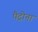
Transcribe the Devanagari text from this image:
पैट्रोना